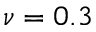
\nu = 0 . 3